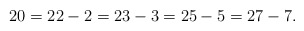
\begin{align*} 20 = 22 - 2 = 23 - 3 = 25 - 5 = 27 - 7.\end{align*}